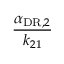
\frac { \alpha _ { \mathrm { D R } , 2 } } { k _ { 2 1 } }